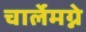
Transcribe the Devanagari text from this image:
चार्लेमग्ने